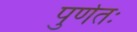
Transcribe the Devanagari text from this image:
पुर्णतः